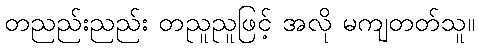
တညည်းညည်း တညူညူဖြင့် အလို မကျတတ်သူ။